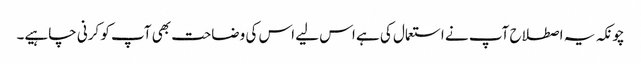
چونکہ یہ اصطلاح آپ نے استعمال کی ہے اس لیے اس کی وضاحت بھی آپ کو کرنی چاہیے۔